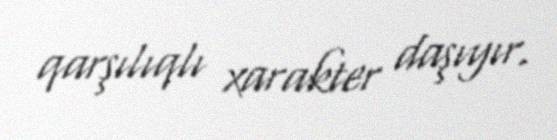
qarşılıqlı xarakter daşıyır.